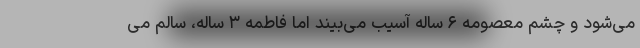
می‌شود و چشم معصومه ۶ ساله آسیب می‌بیند اما فاطمه ۳ ساله، سالم می